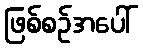
ဖြစ်စဉ်အပေါ်